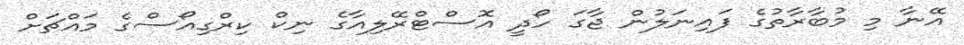
އޭނާ މި މުބާރާތުގެ ފައިނަލުން ޖާގަ ހޯދީ އޮސްޓްރޭލިއާގެ ނިކް ކިރްގިއޯސްގެ މައްޗަށް